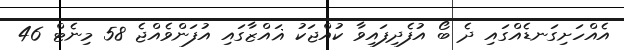
އެއްހަށިގަނޑެއްގައި ދެ ބޯ އުފެދިފައިވާ ކުއްޖަކު ޣައްޒާގައި އުފަންވެއްޖެ 58 މިނެޓް 46